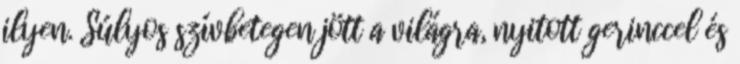
ilyen. Súlyos szívbetegen jött a világra, nyitott gerinccel és